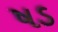
ષડ